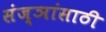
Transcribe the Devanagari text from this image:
संज्ञांसाठी